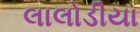
લાલોડીયા